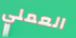
العملي